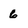
Character: 6